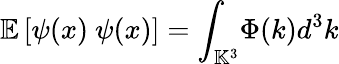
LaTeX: \mathbb{E}\left[{\psi}({x})~{\psi}({x})\right]={\int}_{\mathbb{K}^{3}}{\Phi}(k)d^{3}k